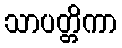
သာပတ္တိကာ